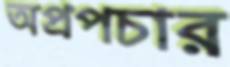
অপ্রপচার